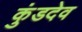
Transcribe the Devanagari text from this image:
कुंडदेव